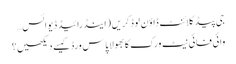
جی پیڈ کلائنٹ ڈاؤن لوڈ کریں (اینڈرائیڈ ڈیوائس…
وائی فائی نیٹ ورک کا بھولا پاس ورڈ کیسے دیکھیں؟